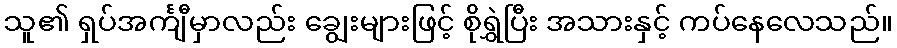
သူ၏ ရှပ်အင်္ကျီမှာလည်း ချွေးများဖြင့် စိုရွှဲပြီး အသားနှင့် ကပ်နေလေသည်။